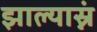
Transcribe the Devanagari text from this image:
झाल्यास्नं